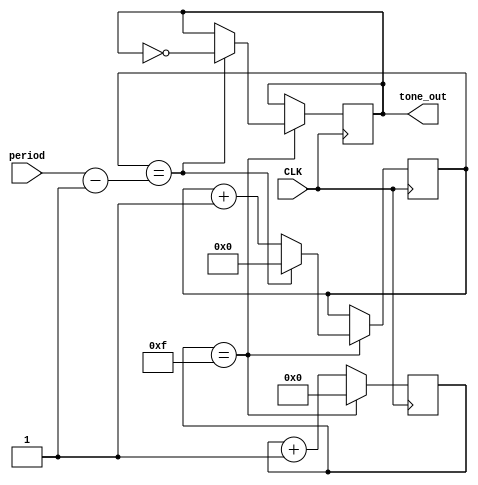
// This program was cloned from: https://github.com/simonmonk/prog_fpgas
// License: MIT License

module tone(
    input CLK,
    input[31:0] period, // microseconds 
    output reg tone_out
    );

parameter CLK_F = 32; // CLK freq in MHz

reg [5:0] prescaler = 0; 
reg [31:0] counter = 0;

always @(posedge CLK)
begin
  prescaler <= prescaler + 1;
  if (prescaler == CLK_F / 2 - 1) 
  begin
    prescaler <= 0;
    counter <= counter + 1;
    if (counter == period - 1)
    begin
      counter <= 0;
      tone_out <= ~ tone_out;
    end		
  end  
end

endmodule